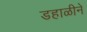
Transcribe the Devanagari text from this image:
डहाळीने